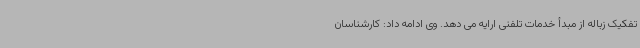
تفکیک زباله از مبدأ خدمات تلفنی ارایه می دهد. وی ادامه داد: کارشناسان